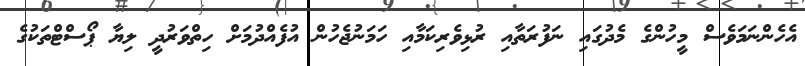
އެހެންނަމަވެސް މީހުންގެ މެދުގައި ނަފުރަތާއި ރުޅިވެރިކަމާއި ހަމަނުޖެހުން އުފެއްދުމަށް ހިތްވަރުދީ ލިޔާ ޕޯސްޓްތަކުގެ